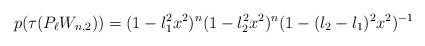
LaTeX: \begin{align*} p(\tau(P_{\ell}W_{n,2}) ) = (1-l_1^2x^2)^n(1-l_2^2x^2)^n(1-(l_2-l_1)^2x^2)^{-1}\end{align*}